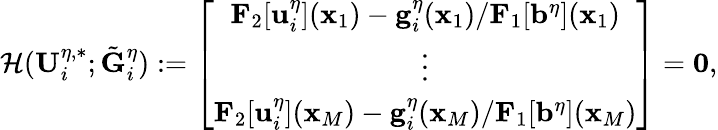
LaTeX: \mathcal{H}(\mathbf{U}_{i}^{\eta,*};\tilde{\mathbf{G}}_{i}^{\eta}):=\left[\begin{array}{c}{\mathbf{F}_{2}[\mathbf{u}_{i}^{\eta}](\mathbf{x}_{1})-\mathbf{g}_{i}^{\eta}(\mathbf{x}_{1})/\mathbf{F}_{1}[\mathbf{b}^{\eta}](\mathbf{x}_{1})}\\ {\vdots}\\ {\mathbf{F}_{2}[\mathbf{u}_{i}^{\eta}](\mathbf{x}_{M})-\mathbf{g}_{i}^{\eta}(\mathbf{x}_{M})/\mathbf{F}_{1}[\mathbf{b}^{\eta}](\mathbf{x}_{M})}\end{array}\right]=\mathbf{0},